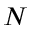
N